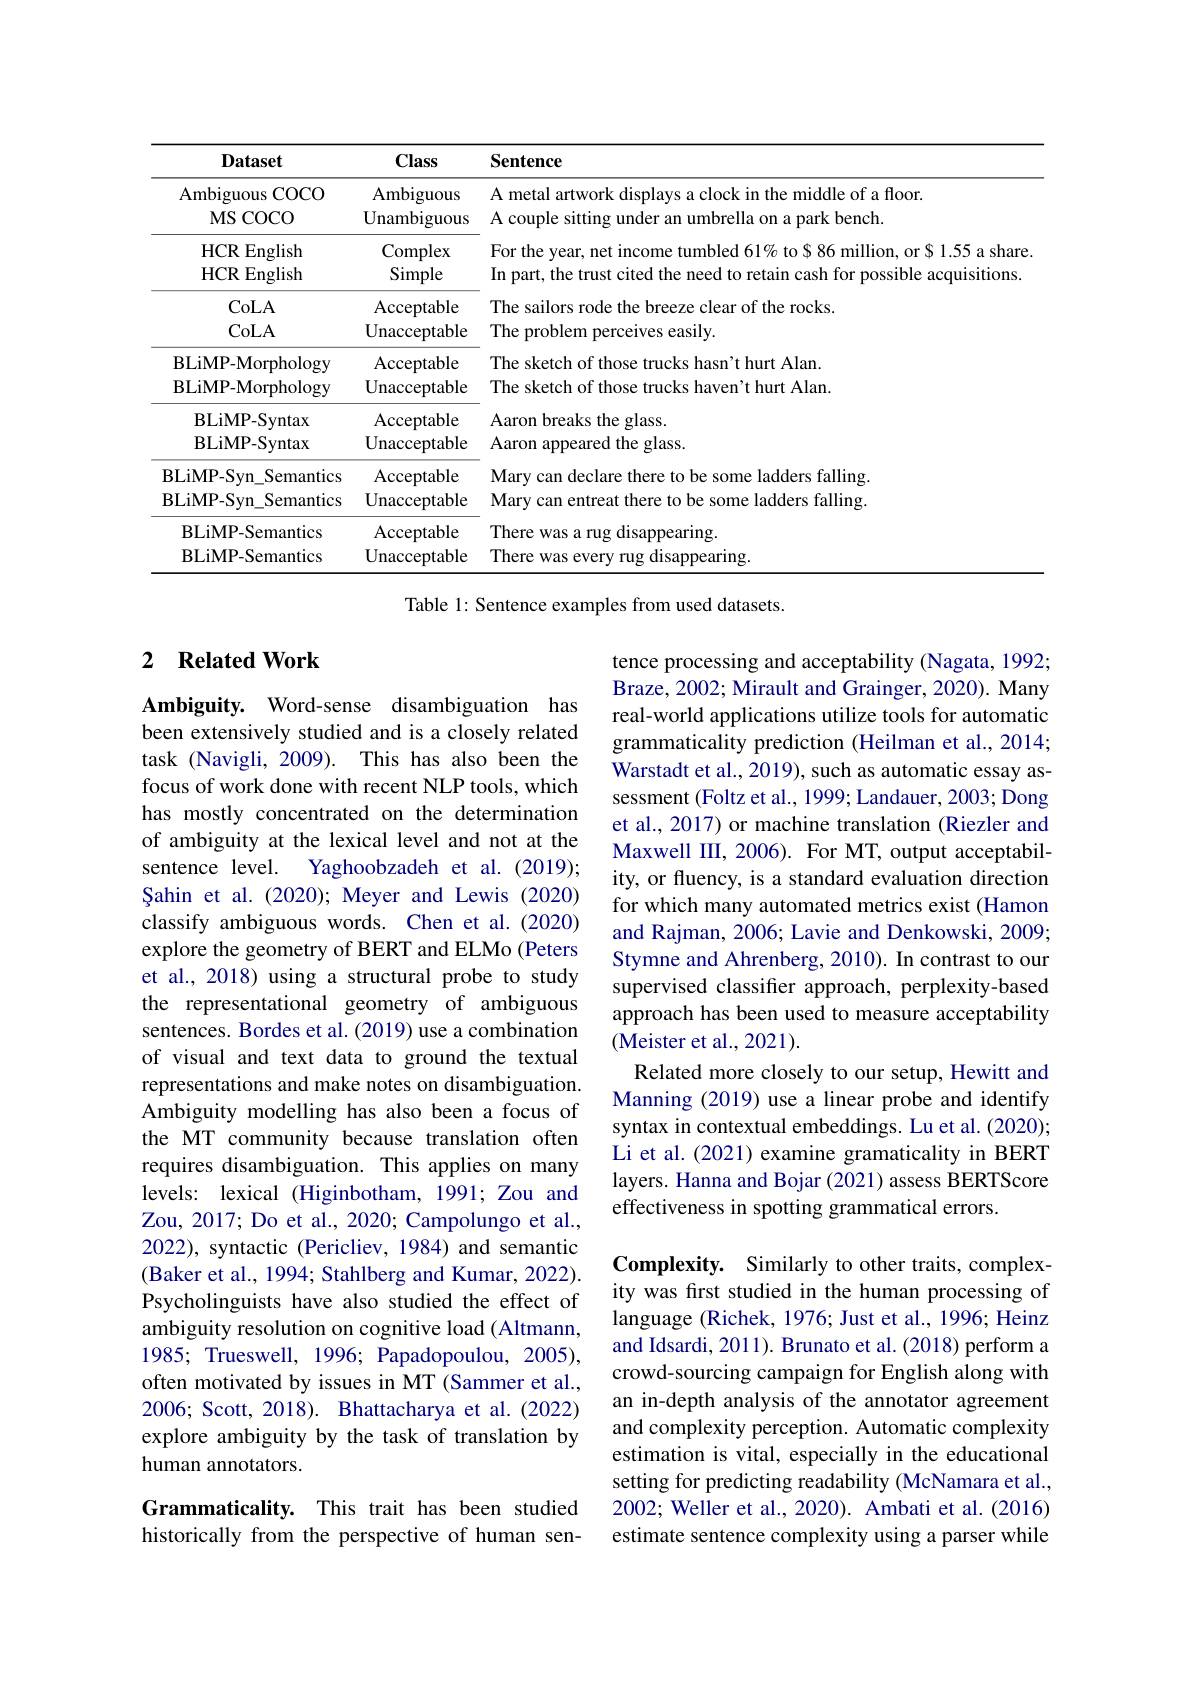
<table>
	<tbody>
		<tr>
			<th>$\mathbf{Dataset}$</th>
			<th>Class</th>
			<th>Sentence</th>
		</tr>
		<tr>
			<td>${\mathrm{Ambiguous~COCO}}$ MSCOCO</td>
			<td>Ambiguous Unambiguous</td>
			<td>A metal artwork displays a clock in the middle of a floor. A couple sitting under an umbrella on a park bench.</td>
		</tr>
		<tr>
			<td>HCREnglish HCREnglish</td>
			<td>Complex Simple</td>
			<td>For the year, net income tumbled 61% to $86 million, or $1.55 a share In part, the trust cited the need to retain cash for possible acquisitions</td>
		</tr>
		<tr>
			<td>BLiMP- Morphology</td>
			<td>${\mathrm{Unacceptable}}$</td>
			<td>The sketch of ${\mathrm{t~hurt~Alan.}}$</td>
		</tr>
		<tr>
			<td>BLiMP- Syntax</td>
			<td>Acceptable</td>
			<td>Aaron breaks the glass.</td>
		</tr>
		<tr>
			<td>BLiMP- Syntax</td>
			<td>${\mathrm{Unacceptable}}$</td>
			<td>Aaron appeared the glass.</td>
		</tr>
		<tr>
			<td>BLiMP- Svn 1 Semantics</td>
			<td>Acceptable</td>
			<td>s falling Marv ${\mathbf{can}}$ fders</td>
		</tr>
		<tr>
			<td>BLiMP-Semantics</td>
			<td>Acceptable</td>
			<td>There pearing $:Was$ 21</td>
		</tr>
		<tr>
			<td>BLiMP- Semantics</td>
			<td>${\mathrm{Unacceptable}}$</td>
			<td>There Was disappearing</td>
		</tr>
	</tbody>
</table>

Table 1: Sentence examples from used datasets.

## 2 $\textbf{Related Work}$

tence processing and acceptability (Nagata, 1992; Braze, 2002; Mirault and Grainger, 2020). Many real-world applications utilize tools for automatic grammaticality prediction (Heilman et al., 2014; Warstadt et al., 2019), such as automatic essay assessment (Foltz et al., 1999; Landauer, 2003; Dong et al., 2017) or machine translation (Riezler and Maxwell III, 2006). For MT, output acceptability, or fluency, is a standard evaluation direction for which many automated metrics exist (Hamon and Rajman, 2006; Lavie and Denkowski, 2009; Stymne and Ahrenberg, 2010). In contrast to our supervised classifer approach, perplexity-based approach has been used to measure acceptability (Meister et al., 2021).
Related more closely to our setup, Hewitt and Manning (2019) use a linear probe and identify syntax in contextual embeddings. Lu et al. (2020); Li et al.(2021) examine gramaticality in BERT layers. Hanna and Bojar (2021) assess BERTScore effectiveness in spotting grammatical errors

Ambiguity. Word-sense disambiguation has been extensively studied and is a closely related task (Navigli, 2009). This has also been the focus of work done with recent NLP tools, which has mostly concentrated on the determination of ambiguity at the lexical level and not at the sentence level.
Yaghoobzadeh et al.(2019);
Șahin et al.(2020); Meyer and Lewis (2020) classify ambiguous words. Chen et al.(2020) explore the geometry of BERT and ELMo (Peters et al., 2018) using a structural probe to study the representational geometry of ambiguous sentences. Bordes et al. (2019) use a combination of visual and text data to ground the textual representations and make notes on disambiguation. Ambiguity modelling has also been a focus of the MT community because translation often requires disambiguation. This applies on many levels: lexical (Higinbotham, 1991; Zou and Zou, 2017; Do et al., 2020; Campolungo et al., 2022), syntactic (Pericliev, 1984) and semantic (Baker et al., 1994; Stahlberg and Kumar, 2022). Psycholinguists have also studied the effect of ambiguity resolution on cognitive load (Altmann, 1985; Trueswell, 1996; Papadopoulou, 2005), often motivated by issues in MT (Sammer et al., 2006; Scott, 2018). Bhattacharya et al.(2022) explore ambiguity by the task of translation by human annotators.
Grammaticality. This trait has been studied

Complexity. Similarly to other traits, complexity was first studied in the human processing of language (Richek, 1976; Just et al., 1996; Heinz and Idsardi, 2011). Brunato et al. (2018) perform a crowd-sourcing campaign for English along with an in-depth analysis of the annotator agreement and complexity perception. Automatic complexity estimation is vital, especially in the educational setting for predicting readability (McNamara et al., 2002; Weller et al., 2020). Ambati et al. (2016) estimate sentence complexity using a parser while

historically from the perspective of human sen-